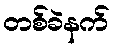
တစ်ခဲနက်